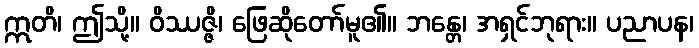
ဣတိ၊ ဤသို့။ ဝိဿဇ္ဇိ၊ ဖြေဆိုတော်မူ၏။ ဘန္တေ၊ အရှင်ဘုရား။ ပညာပန၊